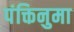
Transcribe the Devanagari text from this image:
पंक्तिनुमा